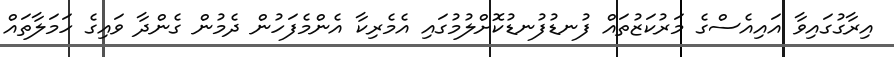
އިރާގުގައިވާ އައިއެސްގެ މަރުކަޒުތައް ފުނޑުފުނޑުކޮށްލުމުގައި އެމެރިކާ އެންމެފަހުން ދެމުން ގެންދާ ވައިގެ ހަމަލާތައް